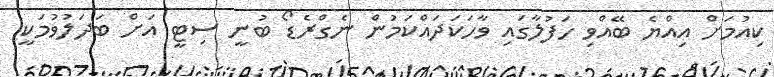
ކިއުމަށް އިއްޔެ ބޭއްވި ހަފުލާގައި ވާހަކަދައްކަމުން ނެގްރެޑޯ ބުނީ ސިޓީ އަށް ބަދަލުވުމަކީ